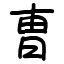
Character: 曺